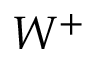
W ^ { + }